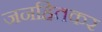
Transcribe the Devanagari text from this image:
जनहितकर